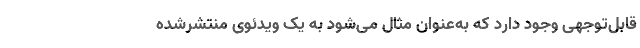
قابل‌توجهی وجود دارد که به‌عنوان مثال می‌شود به یک ویدئوی منتشرشده